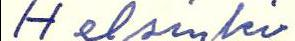
Helsinki